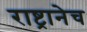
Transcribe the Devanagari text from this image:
राष्ट्रानेच